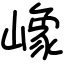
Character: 嶑